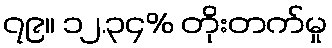
၇၉။ ၁၂.၃၄% တိုးတက်မှု